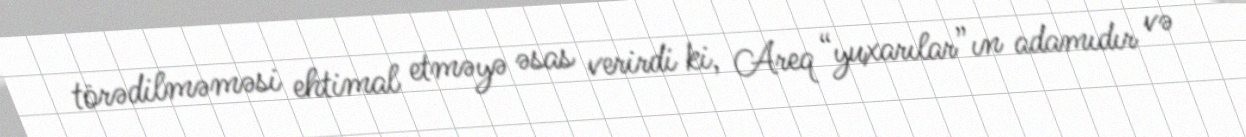
törədilməməsi ehtimal etməyə əsas verirdi ki, Areq “yuxarılar”ın adamıdır və